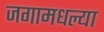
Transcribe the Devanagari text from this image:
जगामधल्या